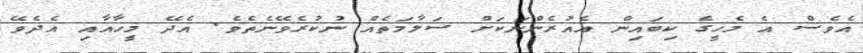
އެވެސް އެ މެހީގެ ކިބައިން އެއުރެންނަކަށް ސަލާމަތެއް ނުކުރެވޭނެތެވެ. އެދޭ މީހާއާއި އެދެވޭ